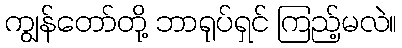
ကျွန်တော်တို့ ဘာရုပ်ရှင် ကြည့်မလဲ။